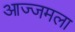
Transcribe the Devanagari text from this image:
आज्जमला